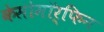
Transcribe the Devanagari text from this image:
केसोमॉर्फिन